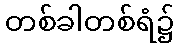
တစ်ခါတစ်ရံ၌